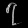
Digit: ၇